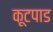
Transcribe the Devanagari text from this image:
कूटपाड